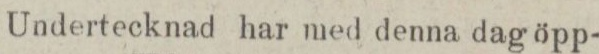
Undertecknad har med denna dag öpp-